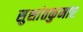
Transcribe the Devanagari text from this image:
सुशांतकुमार